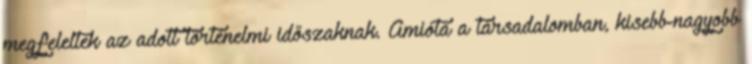
megfeleltek az adott történelmi időszaknak. Amióta a társadalomban, kisebb-nagyobb